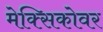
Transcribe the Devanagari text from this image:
मेक्सिकोवर